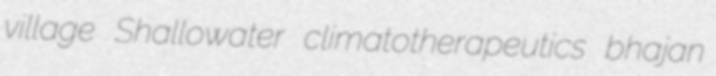
village Shallowater climatotherapeutics bhajan